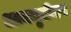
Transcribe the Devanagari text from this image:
आययुसीएन